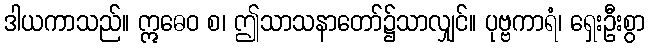
ဒါယကာသည်။ ဣဓေဝ စ၊ ဤသာသနာတော်၌သာလျှင်။ ပုဗ္ဗကာရံ၊ ရှေးဦးစွာ